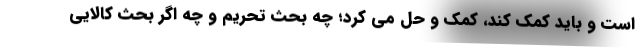
است و باید کمک کند، کمک و حل می کرد؛ چه بحث تحریم و چه اگر بحث کالایی